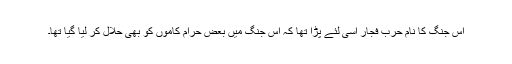
اس جنگ کا نام حرب فجار اسی لئے پڑا تھا کہ اس جنگ میں بعض حرام کاموں کو بھی حلال کر لیا گیا تھا۔